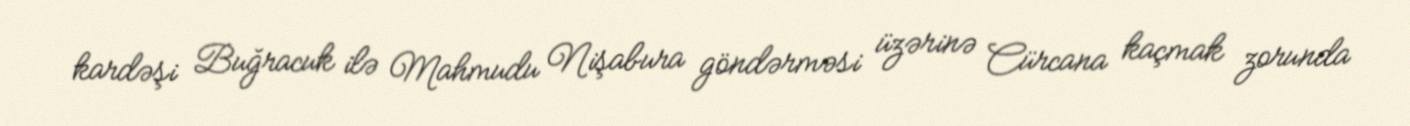
kardəşi Buğracuk ilə Mahmudu Nişabura göndərməsi üzərinə Cürcana kaçmak zorunda